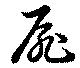
扉